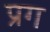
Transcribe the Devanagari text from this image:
प्रग